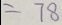
= 7 8